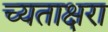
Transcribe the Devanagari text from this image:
च्यताक्षरा